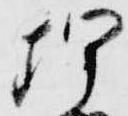
埋